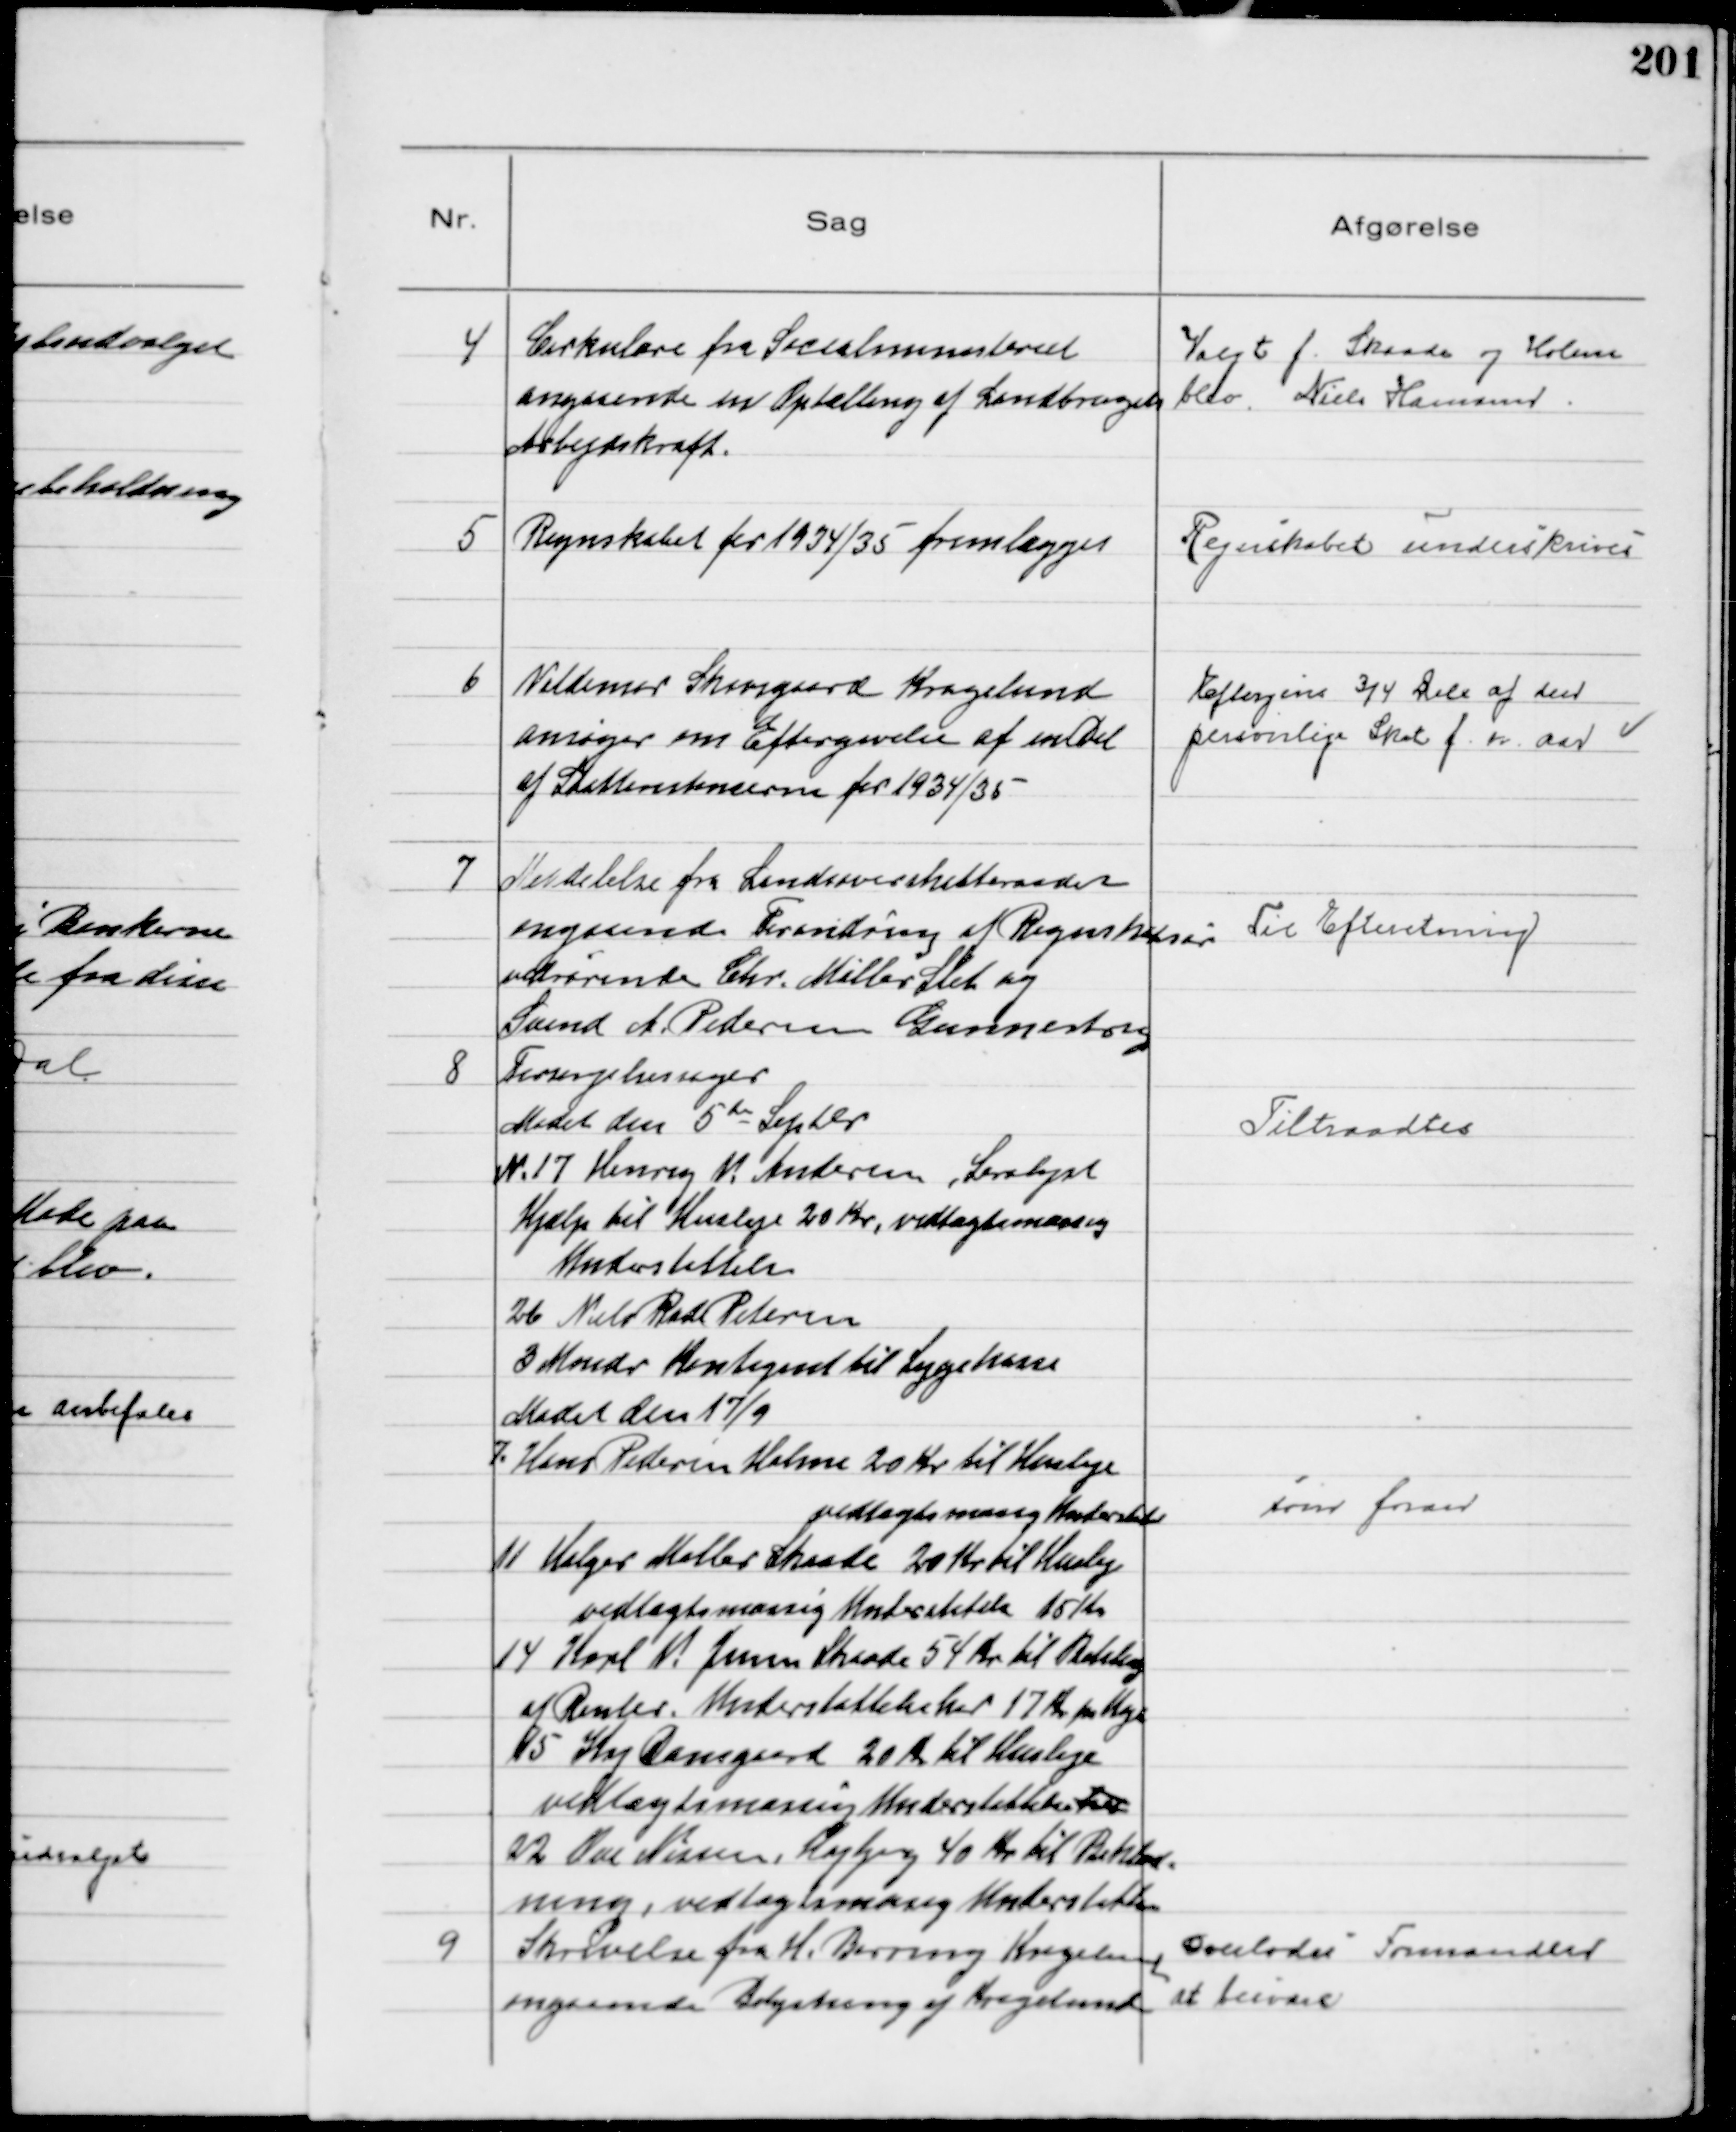
Transskription:
4
Cirkulære fra Socialministeriet
angaaende en Optælling af Landbrugets
Arbejdskraft.
Valgt f. Skaade og Holme
blev Niels Hamann.

5
Regnskabet for 1934/35 fremlægges
Regnskabet underskrives

6
Valdemar Skovsgaard Kragelund
ansøger om Eftergivelse af en Del
af Skatterestencerne for 1934/35
Eftergives ¾ Dele af den
personlige Skat f. n. Aar

7
Meddelelse fra Landsoverskatteraadet
angaaende Forandring af Regnskabsår
vedrørende Chr. Møller Slet og
Svend A. Pedersen Gunnestrup
Til Efteretning

8
Forsørgelsessager
Mødet den 5de Septbr
N. 17 Henry V. Andersen, Saralyst
Hjælp til Husleje 20 Kr, vedtægtsmæssig
Understøttelse
26 Niels Rode Petersen
3 Mondr Kontigent til Sygekasse
Tiltraadtes

Mødet den 17/9
7. Hans Pedersen Holme 20 Kr til Husleje
vedtægtsmæssig Understøttelse
11 Holger Møller Skaade 20 Kr til Husleje
vedtægtsmæssig Understøttelse 15 Kr
14 Karl V. Jensen Skaade 54 Kr til Betaling
af Renter. Understøttelse her 17 Kr pr Uge
15 Kaj Damgaard 20 Kr til Husleje
vedtægtsmæssig Understøttelse her
22
Ove Nissen, Højbjerg 40 Kr til Beklæd=
ning, vedtægtsmæssig Understøttelse
som foran

9
Skrivelse fra H. Berring Kragelund
angaaende Belysning af Kragelund
Overlodes Formanden
at besvare